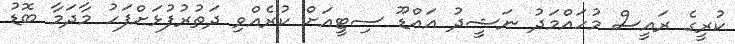
ކުރީގެ ރައީސް މުހައްމަދު ނަޝީދު އައްޑޫ ސިޓީއަށް ކުރެއްވި ދަތުރުފުޅަށްފަހު މާދަމާ ބޮޑު